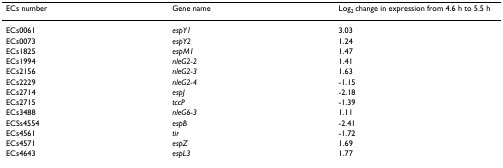
<table><thead><tr><td><b>ECs number</b></td><td><b>Gene name</b></td><td><b>Log<sub>2 </sub>change in expression from 4.6 h to 5.5 h</b></td></tr></thead><tbody><tr><td>ECs0061</td><td><i>espY1</i></td><td>3.03</td></tr><tr><td>ECs0073</td><td><i>espY2</i></td><td>1.24</td></tr><tr><td>ECs1825</td><td><i>espM1</i></td><td>1.47</td></tr><tr><td>ECs1994</td><td><i>nleG2-2</i></td><td>1.41</td></tr><tr><td>ECs2156</td><td><i>nleG2-3</i></td><td>1.63</td></tr><tr><td>ECs2229</td><td><i>nleG2-4</i></td><td>-1.15</td></tr><tr><td>ECs2714</td><td><i>espJ</i></td><td>-2.18</td></tr><tr><td>ECs2715</td><td><i>tccP</i></td><td>-1.39</td></tr><tr><td>ECs3488</td><td><i>nleG6-3</i></td><td>1.11</td></tr><tr><td>ECSs4554</td><td><i>espB</i></td><td>-2.41</td></tr><tr><td>ECs4561</td><td><i>tir</i></td><td>-1.72</td></tr><tr><td>ECs4571</td><td><i>espZ</i></td><td>1.69</td></tr><tr><td>ECs4643</td><td><i>espL3</i></td><td>1.77</td></tr></tbody></table>